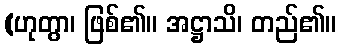
(ဟုတွာ၊ ဖြစ်၏။ အဋ္ဌာသိ၊ တည်၏။